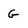
Character: G